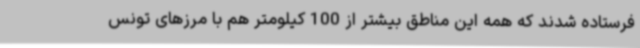
فرستاده شدند که همه این مناطق بیشتر از 100 کیلومتر هم با مرزهای تونس